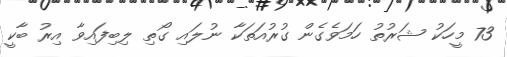
73 މީހަކު ޝަރުތު ހަމަވެގެން ގުރުއަތަކާ ނުލައި ގޯތި ލިބިފައިވާ އިރު ބާކީ